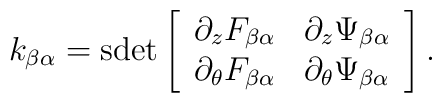
k_{\beta\alpha} = {\rm sdet}\left[\begin{array}{cc}\partial_z F_{\beta\alpha} & \partial_z \Psi_{\beta\alpha} \\\partial_\theta F_{\beta\alpha} & \partial_\theta \Psi_{\beta\alpha} \end{array}\right].